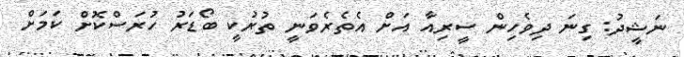
ނަޝީދު: ގިނަ ދިވެހިން ސީރިއާ އަށް އެތެރެވަނީ ތުރުކީ ބޯޑަރު ހުރަސްކޮށް ކަމަށް